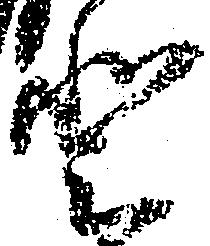
登